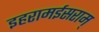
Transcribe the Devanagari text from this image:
इहरामईसराम्